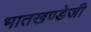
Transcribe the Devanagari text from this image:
भातखण्डेजी